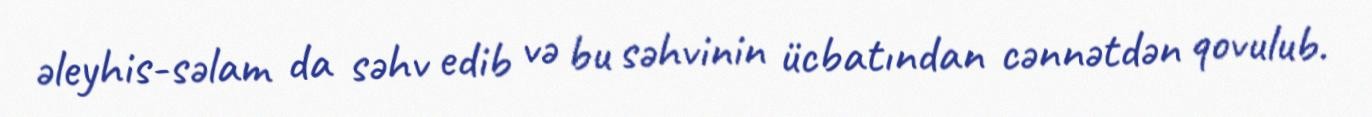
əleyhis-səlam da səhv edib və bu səhvinin ücbatından cənnətdən qovulub.